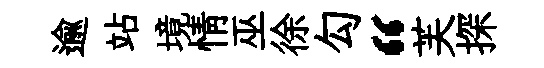
逾站境情巫徐勾“芙探